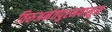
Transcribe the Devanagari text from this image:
तिरुअनंतपुरमपासून